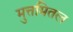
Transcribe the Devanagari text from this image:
मुत्तमितल